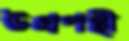
উগ্রপন্থী